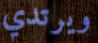
ويرتدي